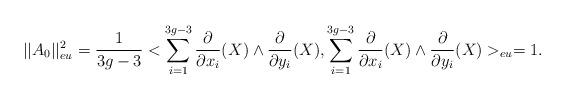
LaTeX: \begin{align*}||A_0||_{eu}^2=\frac{1}{3g-3}<\sum_{i=1}^{3g-3}\frac{\partial}{\partial x_{i}}(X)\wedge \frac{\partial}{\partial y_{i}}(X),\sum_{i=1}^{3g-3}\frac{\partial}{\partial x_{i}}(X)\wedge \frac{\partial}{\partial y_{i}}(X)>_{eu}=1.\end{align*}